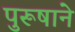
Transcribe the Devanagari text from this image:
पुरूषाने